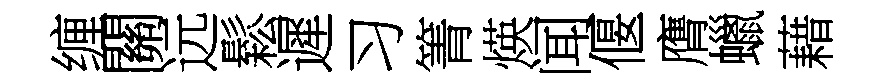
缠關远鬆遲习箐煐闻偃膺蠟藉